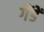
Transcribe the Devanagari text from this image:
गैंडें